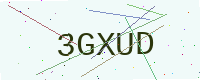
Text: 3GXUD